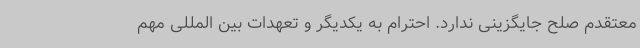
معتقدم صلح جایگزینی ندارد. احترام به یکدیگر و تعهدات بین المللی مهم